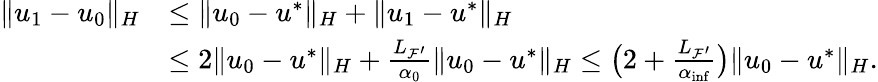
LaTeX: \begin{array}{rl}{\| u_{1}-u_{0}\| _{H}}&{\leq\| u_{0}-u^{*}\| _{H}+\| u_{1}-u^{*}\| _{H}}\\ &{\leq 2\| u_{0}-u^{*}\| _{H}+\frac{{L_{{\mathcal{F}}^{\prime}}}}{{\alpha}_{0}}\| u_{0}-u^{*}\| _{H}\leq\big(2+\frac{{L_{{\mathcal{F}}^{\prime}}}}{{\alpha}_{\operatorname*{inf}}}\big)\| u_{0}-u^{*}\| _{H}.}\end{array}